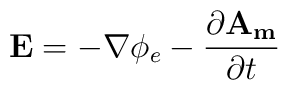
\mathbf{E}=-\nabla\phi_e -\frac{\partial \mathbf{A_m}}{\partial t}